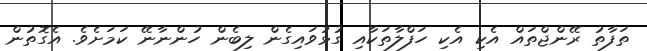
ތަފާތު ރޭންޖްތައް އެކި އެކި ހަފްލާތަކާއި ގުޅުވައިގެން ލިބެން ހުންނާނޭ ކަމަށެވެ. އެގޮތުން